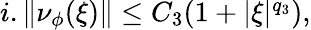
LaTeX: \begin{array}{r}{i.\| \nu_{\phi}(\xi)\| \le C_{3}(1+|\xi|^{q_{3}}),}\end{array}